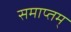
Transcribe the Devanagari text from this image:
समाप्तम्‌